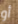
أو